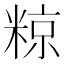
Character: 𮇪